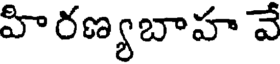
హిరణ్యబాహ వే